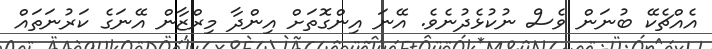
އެއްޗެކޭ ބުނަން ވެސް ނުކުޅެދުނެވެ. އޭނަ އިންގޮތަށް އިންދާ މިރްޒާން އޭނަގެ ކަރުނަތައް